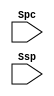
module addr_sel(Spc,Ssp);
input Spc,Ssp;


endmodule